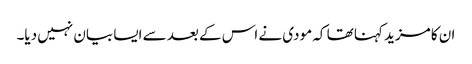
ان کا مزید کہنا تھا کہ مودی نے اس کے بعد سے ایسا بیان نہیں دیا۔